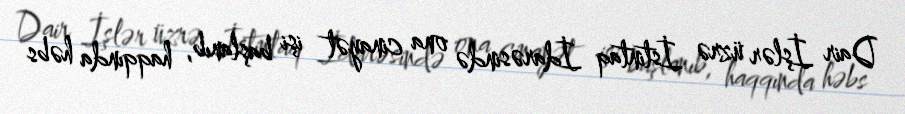
Dair İşlər üzrə İstintaq İdarəsində ona cinayət işi başlanıb, haqqında həbs